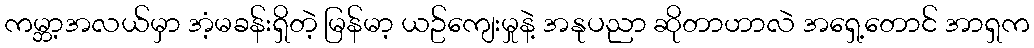
ကမ္ဘာ့အလယ်မှာ အံ့မခန်းရှိတဲ့ မြန်မာ့ ယဥ်ကျေးမှုနဲ့ အနုပညာ ဆိုတာဟာလဲ အရှေ့တောင် အာရှက